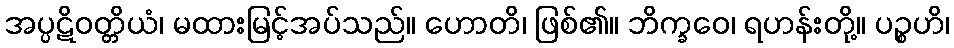
အပ္ပဋိဝတ္တိယံ၊ မထားမြင့်အပ်သည်။ ဟောတိ၊ ဖြစ်၏။ ဘိက္ခဝေ၊ ရဟန်းတို့။ ပဉ္စဟိ၊